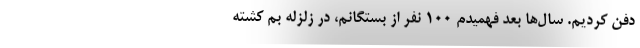
دفن كرديم. سال‌ها بعد فهميدم 100 نفر از بستگانم، در زلزله بم كشته